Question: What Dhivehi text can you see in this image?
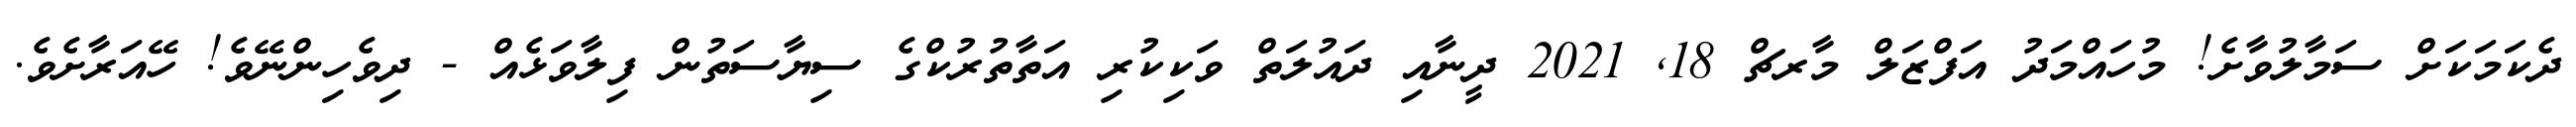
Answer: ދެކަމަކަށް ސަމާލުވާށެ! މުހައްމަދު އަފްޒަލް މާރޗް 18, 2021 ދީނާއި ދައުލަތް ވަކިކުރި އަތާތުރުކްގެ ސިޔާސަތުން ފިލާވަޅެއް - ދިވެހިންނޭވެ! ހޭއަރާށެވެ.